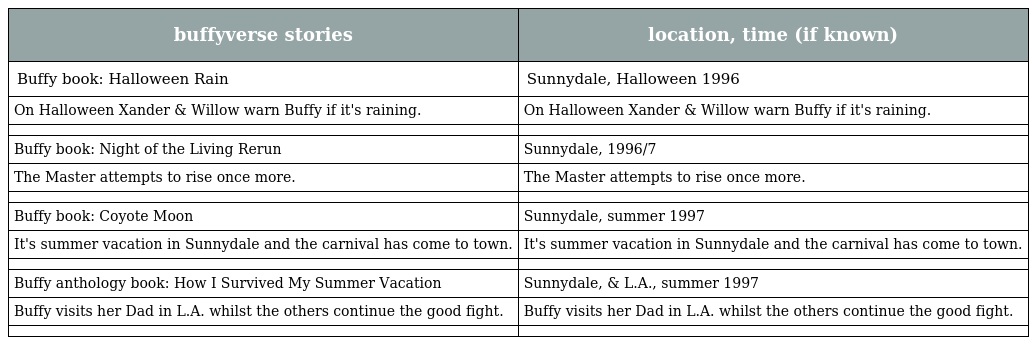
| buffyverse stories | location, time (if known) |
 | --- | --- |
 | Buffy book: Halloween Rain | Sunnydale, Halloween 1996 |
 | On Halloween Xander & Willow warn Buffy if it's raining. | On Halloween Xander & Willow warn Buffy if it's raining. |
 |  |  |
 | Buffy book: Night of the Living Rerun | Sunnydale, 1996/7 |
 | The Master attempts to rise once more. | The Master attempts to rise once more. |
 |  |  |
 | Buffy book: Coyote Moon | Sunnydale, summer 1997 |
 | It's summer vacation in Sunnydale and the carnival has come to town. | It's summer vacation in Sunnydale and the carnival has come to town. |
 |  |  |
 | Buffy anthology book: How I Survived My Summer Vacation | Sunnydale, & L.A., summer 1997 |
 | Buffy visits her Dad in L.A. whilst the others continue the good fight. | Buffy visits her Dad in L.A. whilst the others continue the good fight. |
 |  |  |